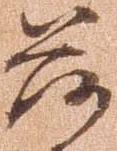
落